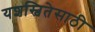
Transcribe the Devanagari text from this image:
यशस्वितेसाठी